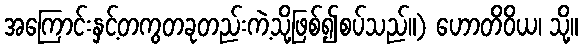
အကြောင်းနှင့်တကွတခုတည်းကဲ့သို့ဖြစ်၍စပ်သည်။) ဟောတိဝိယ၊ သို့။